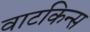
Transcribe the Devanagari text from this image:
वाटकिन्स